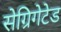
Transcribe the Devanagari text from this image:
सेग्रिगेटेड